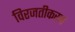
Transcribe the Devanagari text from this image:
विरजतीकरण